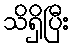
သိရှိပြီး